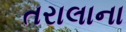
તરાલાના